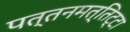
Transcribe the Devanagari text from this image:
पत्तनमत्तिट्टा